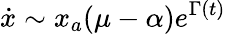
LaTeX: \dot{x}\sim x_{a}(\mu-\alpha)e^{\Gamma(t)}